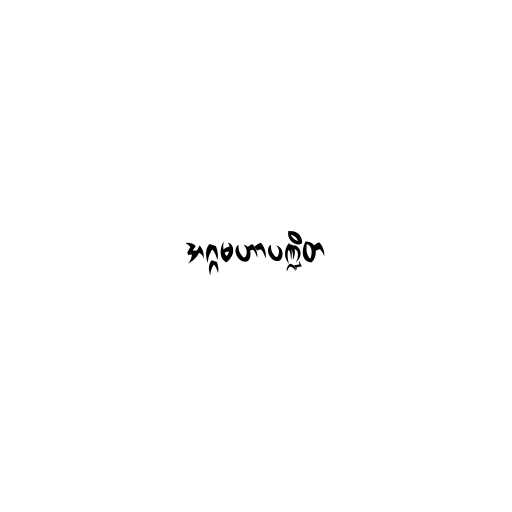
အဂ္ဂမဟာပဏ္ဍိတ